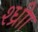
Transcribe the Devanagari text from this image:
श्ध्रीा